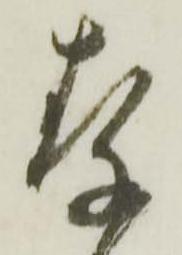
存